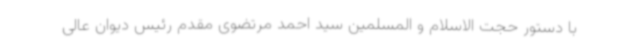
با دستور حجت الاسلام و المسلمین سید احمد مرتضوی مقدم رئیس دیوان عالی